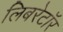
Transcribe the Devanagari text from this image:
लिबरेटॉर